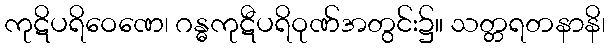
ကုဋိပရိဝေဏေ၊ ဂန္ဓကုဋီပရိဝုဏ်အတွင်း၌။ သတ္တရတနာနိ၊